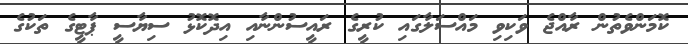
ކޮމަންވެތުން ރާއްޖެ ވަކިވި މައްސަލާގައި ކުރީގެ ރައީސުންނާއި އިދޮކޮޅު ސިޔާސީ ޕާޓީގެ ތަކުގެ